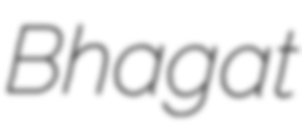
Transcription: Bhagat